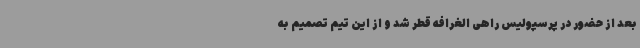
بعد از حضور در پرسپولیس راهی الغرافه قطر شد و از این تیم تصمیم به